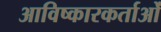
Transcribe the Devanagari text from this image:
आविष्कारकर्ताओं